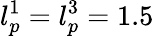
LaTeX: l_{p}^{1}=l_{p}^{3}=1.5